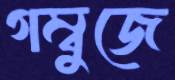
গম্বুজে